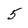
Character: 5